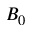
B _ { 0 }